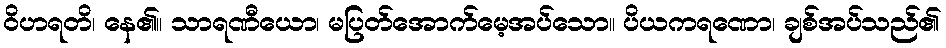
ဝိဟရတိ၊ နေ၏။ သာရဏီယော၊ မပြတ်အောက်မေ့အပ်သော။ ပိယကရဏော၊ ချစ်အပ်သည်၏